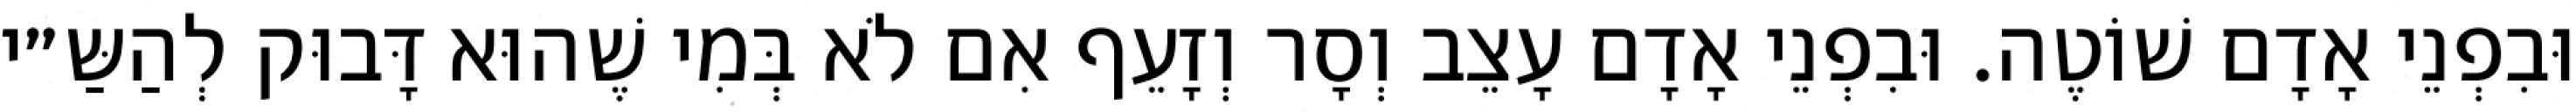
וּבִפְנֵי אָדָם שׁוֹטֶה. וּבִפְנֵי אָדָם עָצֵב וְסָר וְזָעֵף אִם לֹא בְּמִי שֶׁהוּא דָּבוּק לְהַשַּ״י